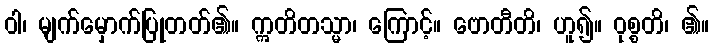
ဝါ၊ မျက်မှောက်ပြုတတ်၏။ ဣတိတသ္မာ၊ ကြောင့်။ ဗောတီတိ၊ ဟူ၍။ ဝုစ္စတိ၊ ၏။